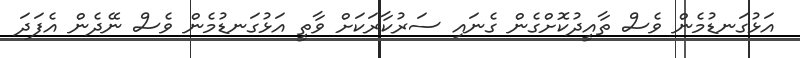
އަޅުގަނޑުމެން ވެސް ތާއީދުކޮށްގެން ގެނައި ސަރުކާރަކަށް ވާތީ އަޅުގަނޑުމެން ވެސް ނޭދެން އެފަދަ